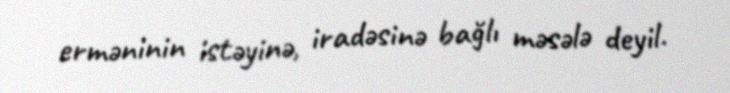
erməninin istəyinə, iradəsinə bağlı məsələ deyil.